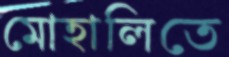
মোহালিতে